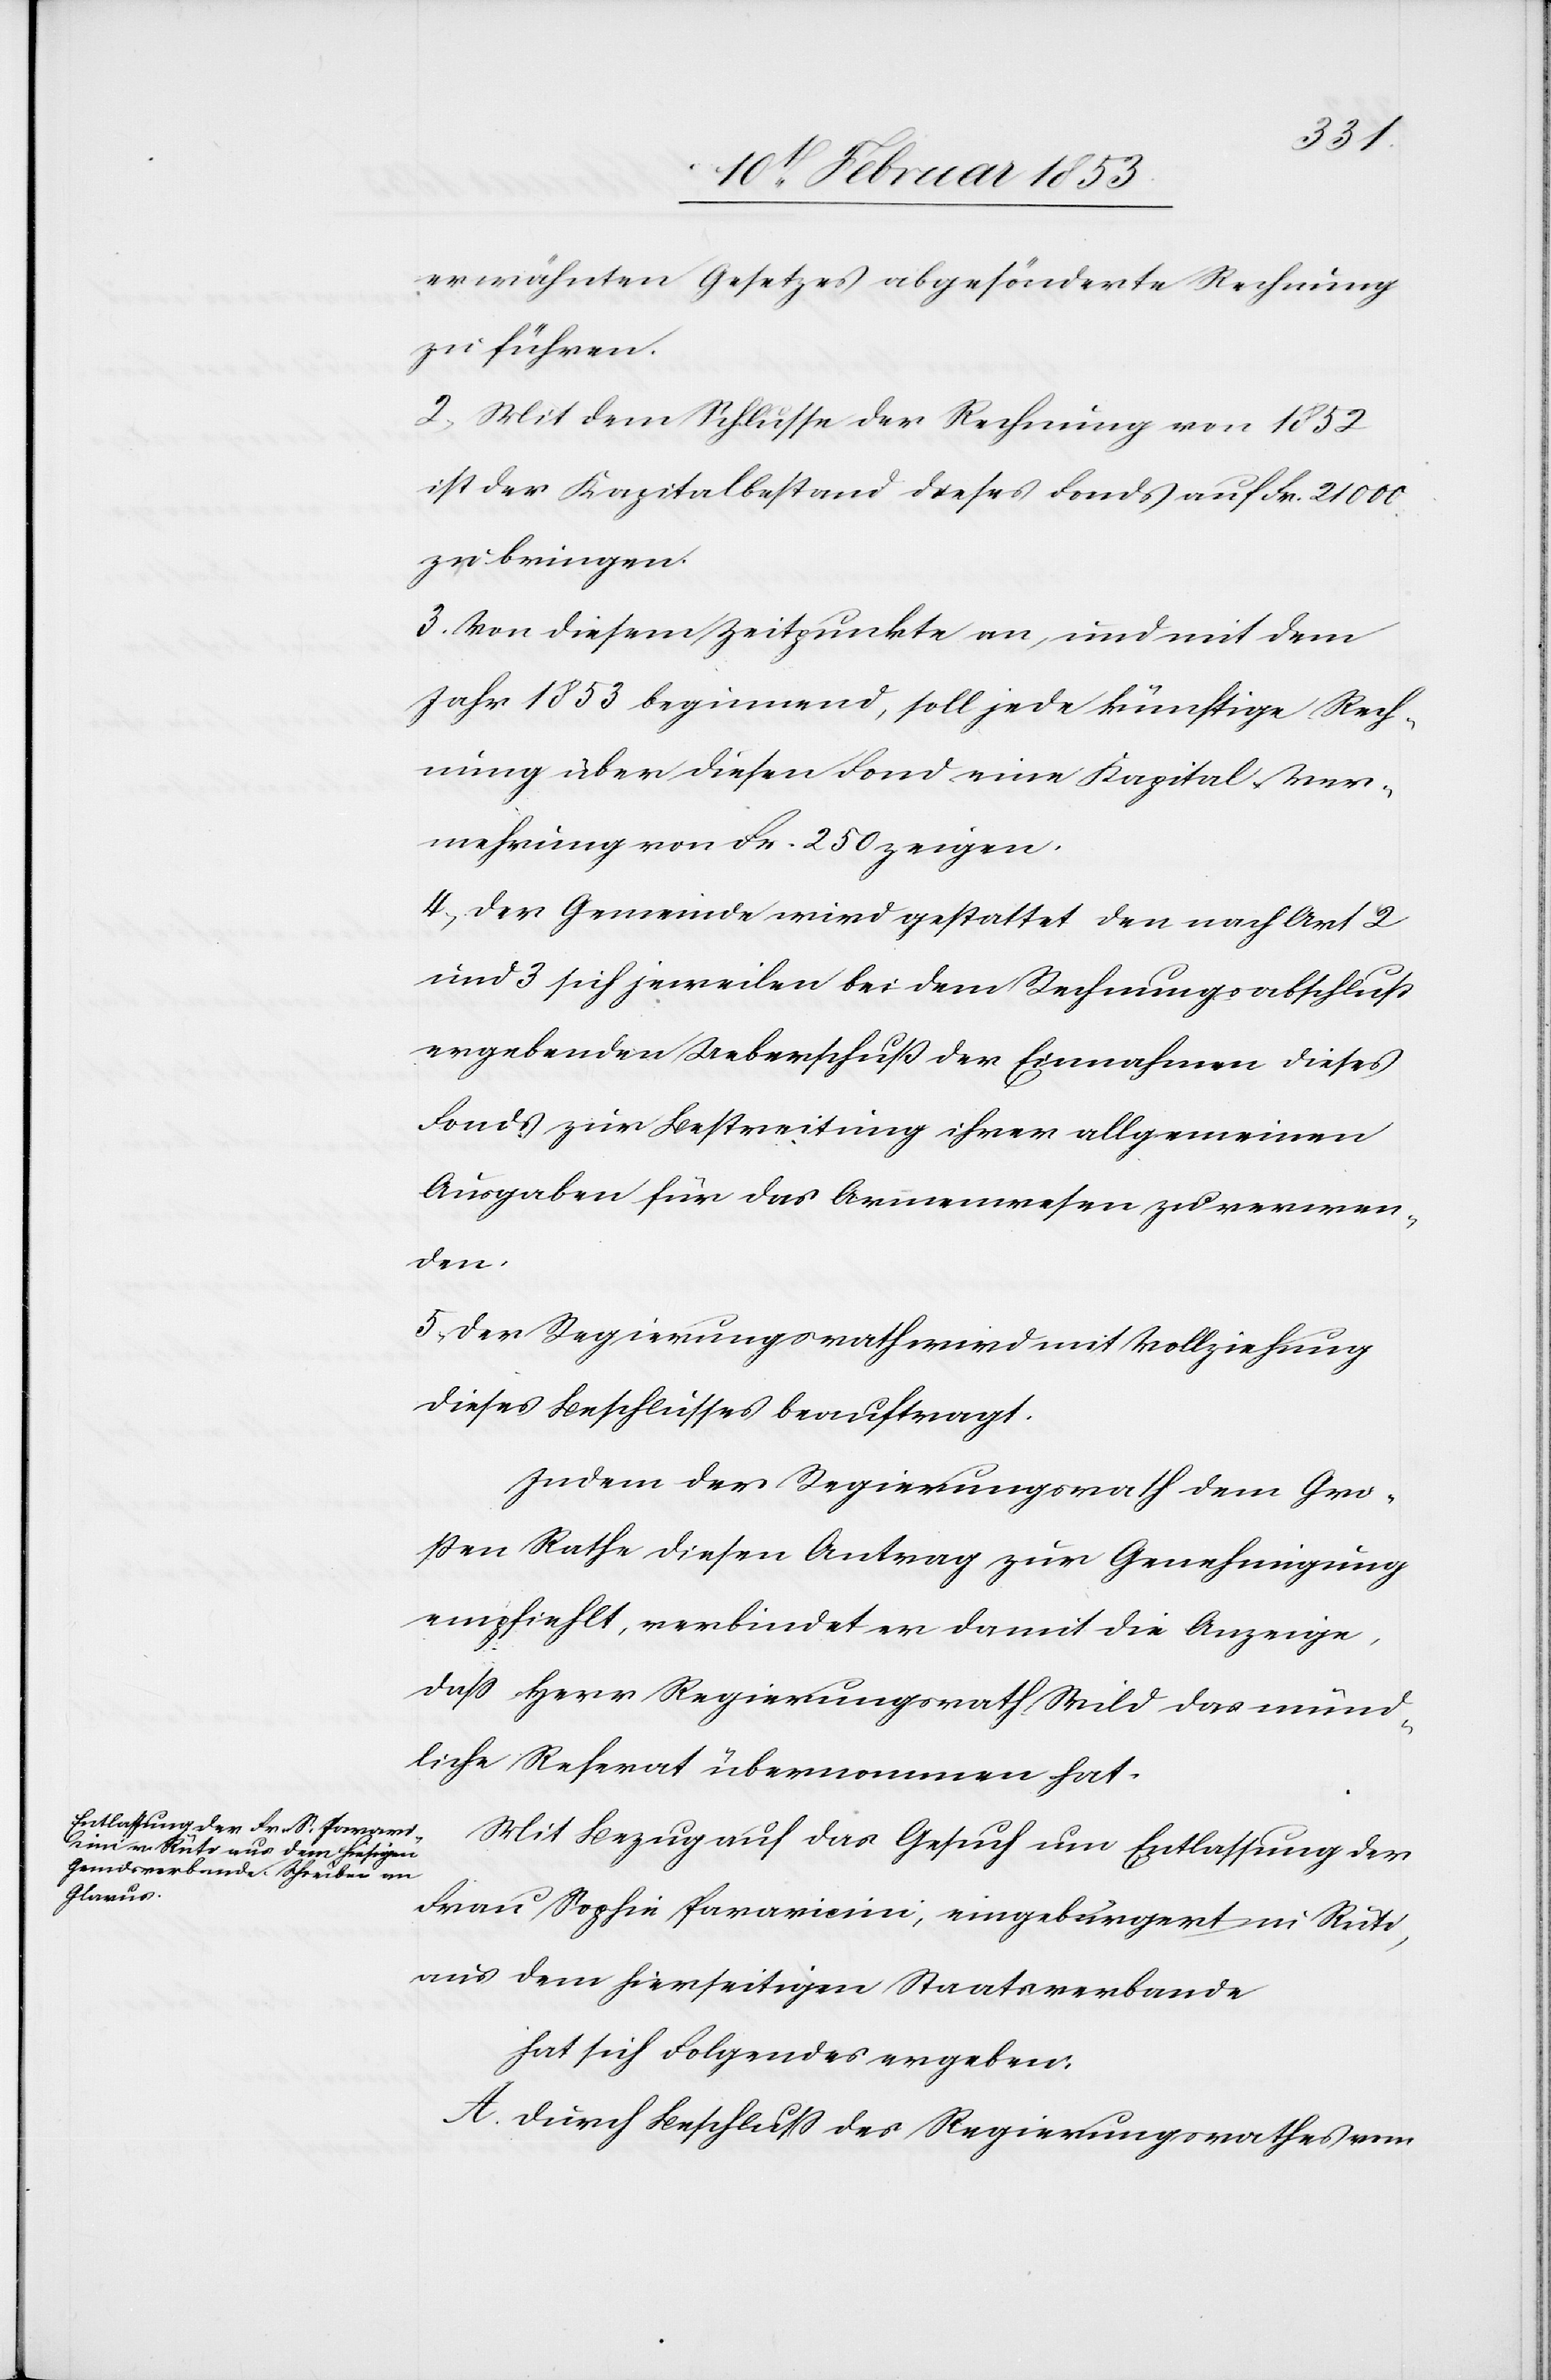
erwähnten Gesetzes abgesönderte Rechnung
zu führen.
2, Mit dem Schlusse der Rechnung von 1852
ist der Kapitalbestand dieses Fonds auf Fr. 21000.
zu bringen.
3, Von diesem Zeitpunkte an, und mit dem
Jahr 1853 beginnend, soll jede künftige Rech¬
nung über diesen Fond eine Kapital-Ver¬
mehrung von Fr. 250. zeigen.
4, Der Gemeinde wird gestattet den nach Art 2
und 3 sich jeweilen bei dem Rechnungsabschluß
ergebenden Ueberschuß der Einwohner dieses
Fonds zur Bestreitung ihrer allgemeinen
Ausgaben für das Armenwesen zu verwen¬
den.
5, Der Regierungsrath wird mit Vollziehung
dieses Beschlusses beauftragt.
Indem der Regierungsrath dem Gro¬
ßen Rathe diesen Antrag zur Genehmigung
empfiehlt, verbindet er damit die Anzeige,
daß Herr Regierungsrath Wild das münd¬
liche Referat übernommen hat.
Mit Bezug auf das Gesuch um Entlassung der
Frau Sophie Paravicini, eingebürgert in Rüti,
aus dem hierseitigen Staatsverbande
hat sich Folgendes ergeben:
Durch Beschluß des Regierungsrathes vom